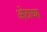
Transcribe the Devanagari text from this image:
ओठाच्या